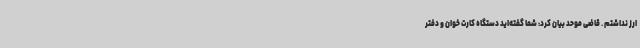
ارز نداشتم . قاضی موحد بیان کرد: شما گفته‌اید دستگاه کارت خوان و دفتر